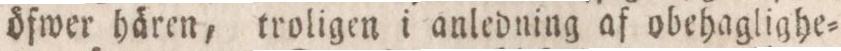
öfwer hären, troligen i anledning af obehaglighe=